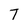
Character: T